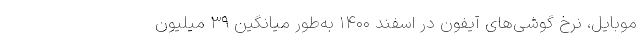
موبایل، نرخ گوشی‌های آیفون در اسفند ۱۴۰۰ به‌طور میانگین ۳۹ میلیون